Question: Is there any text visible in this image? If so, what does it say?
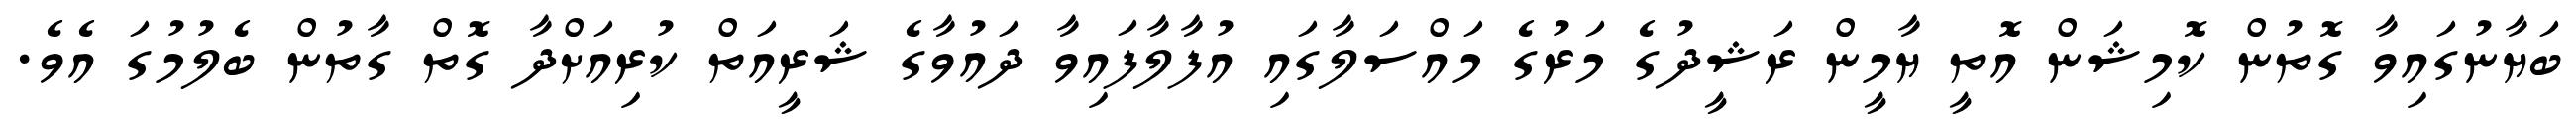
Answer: ބަޔާނުގައިވާ ގޮތުން ކޮމިޝަން އޮތީ ޔާމީން ރަޝީދުގެ މަރުގެ މައްސަލާގައި އުފާލާފައިވާ ދައުވާގެ ޝަރީއަތް ކުރިއަށްދާ ގޮތް ގާތުން ބެލުމުގަ އެވެ.